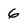
Character: 6